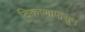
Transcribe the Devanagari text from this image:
ठिकाणापासुन